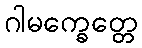
ဂါမက္ခေတ္တေ